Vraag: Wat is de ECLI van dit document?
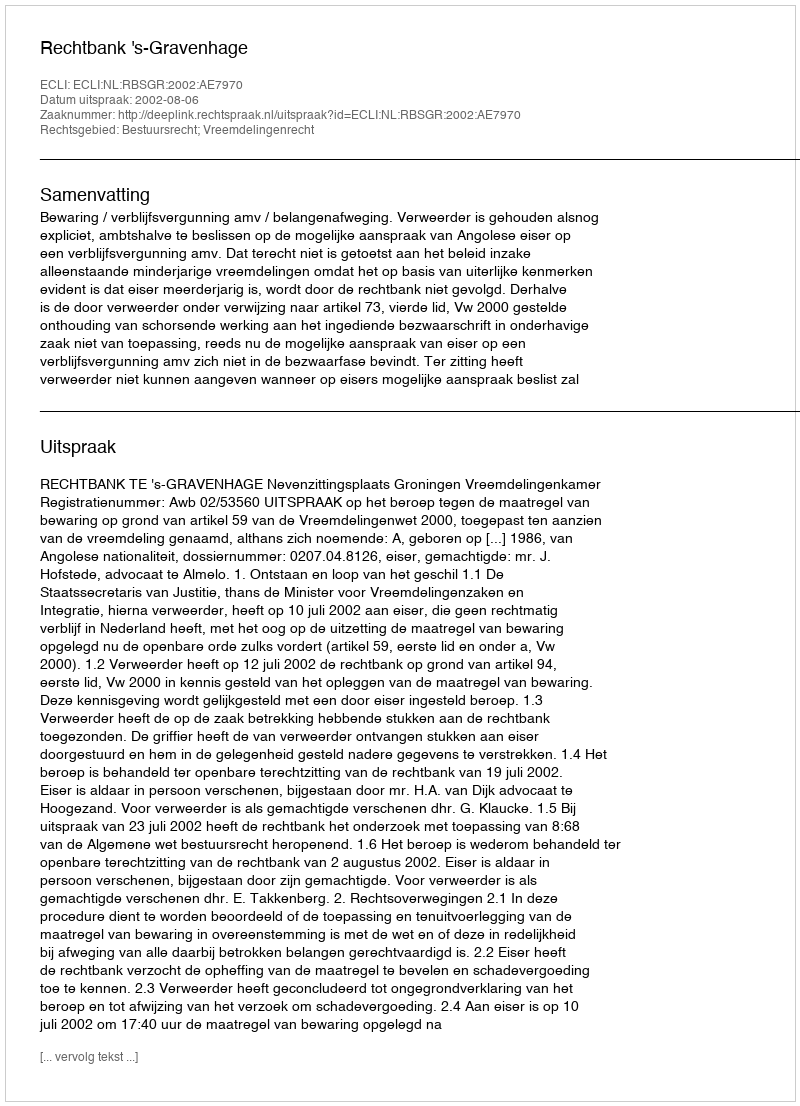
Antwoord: ECLI:NL:RBSGR:2002:AE7970